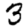
Digit: 3